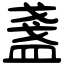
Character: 盞